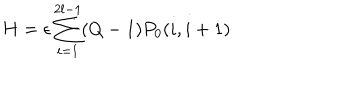
LaTeX: H = \epsilon \sum _ { i = 1 } ^ { 2 l - 1 } ( Q - 1 ) P _ { 0 } ( i , i + 1 )